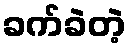
ခက်ခဲတဲ့